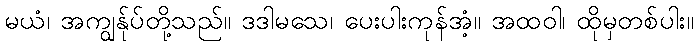
မယံ၊ အကျွန်ုပ်တို့သည်။ ဒဒါမသေ၊ ပေးပါးကုန်အံ့။ အထဝါ၊ ထိုမှတစ်ပါး။